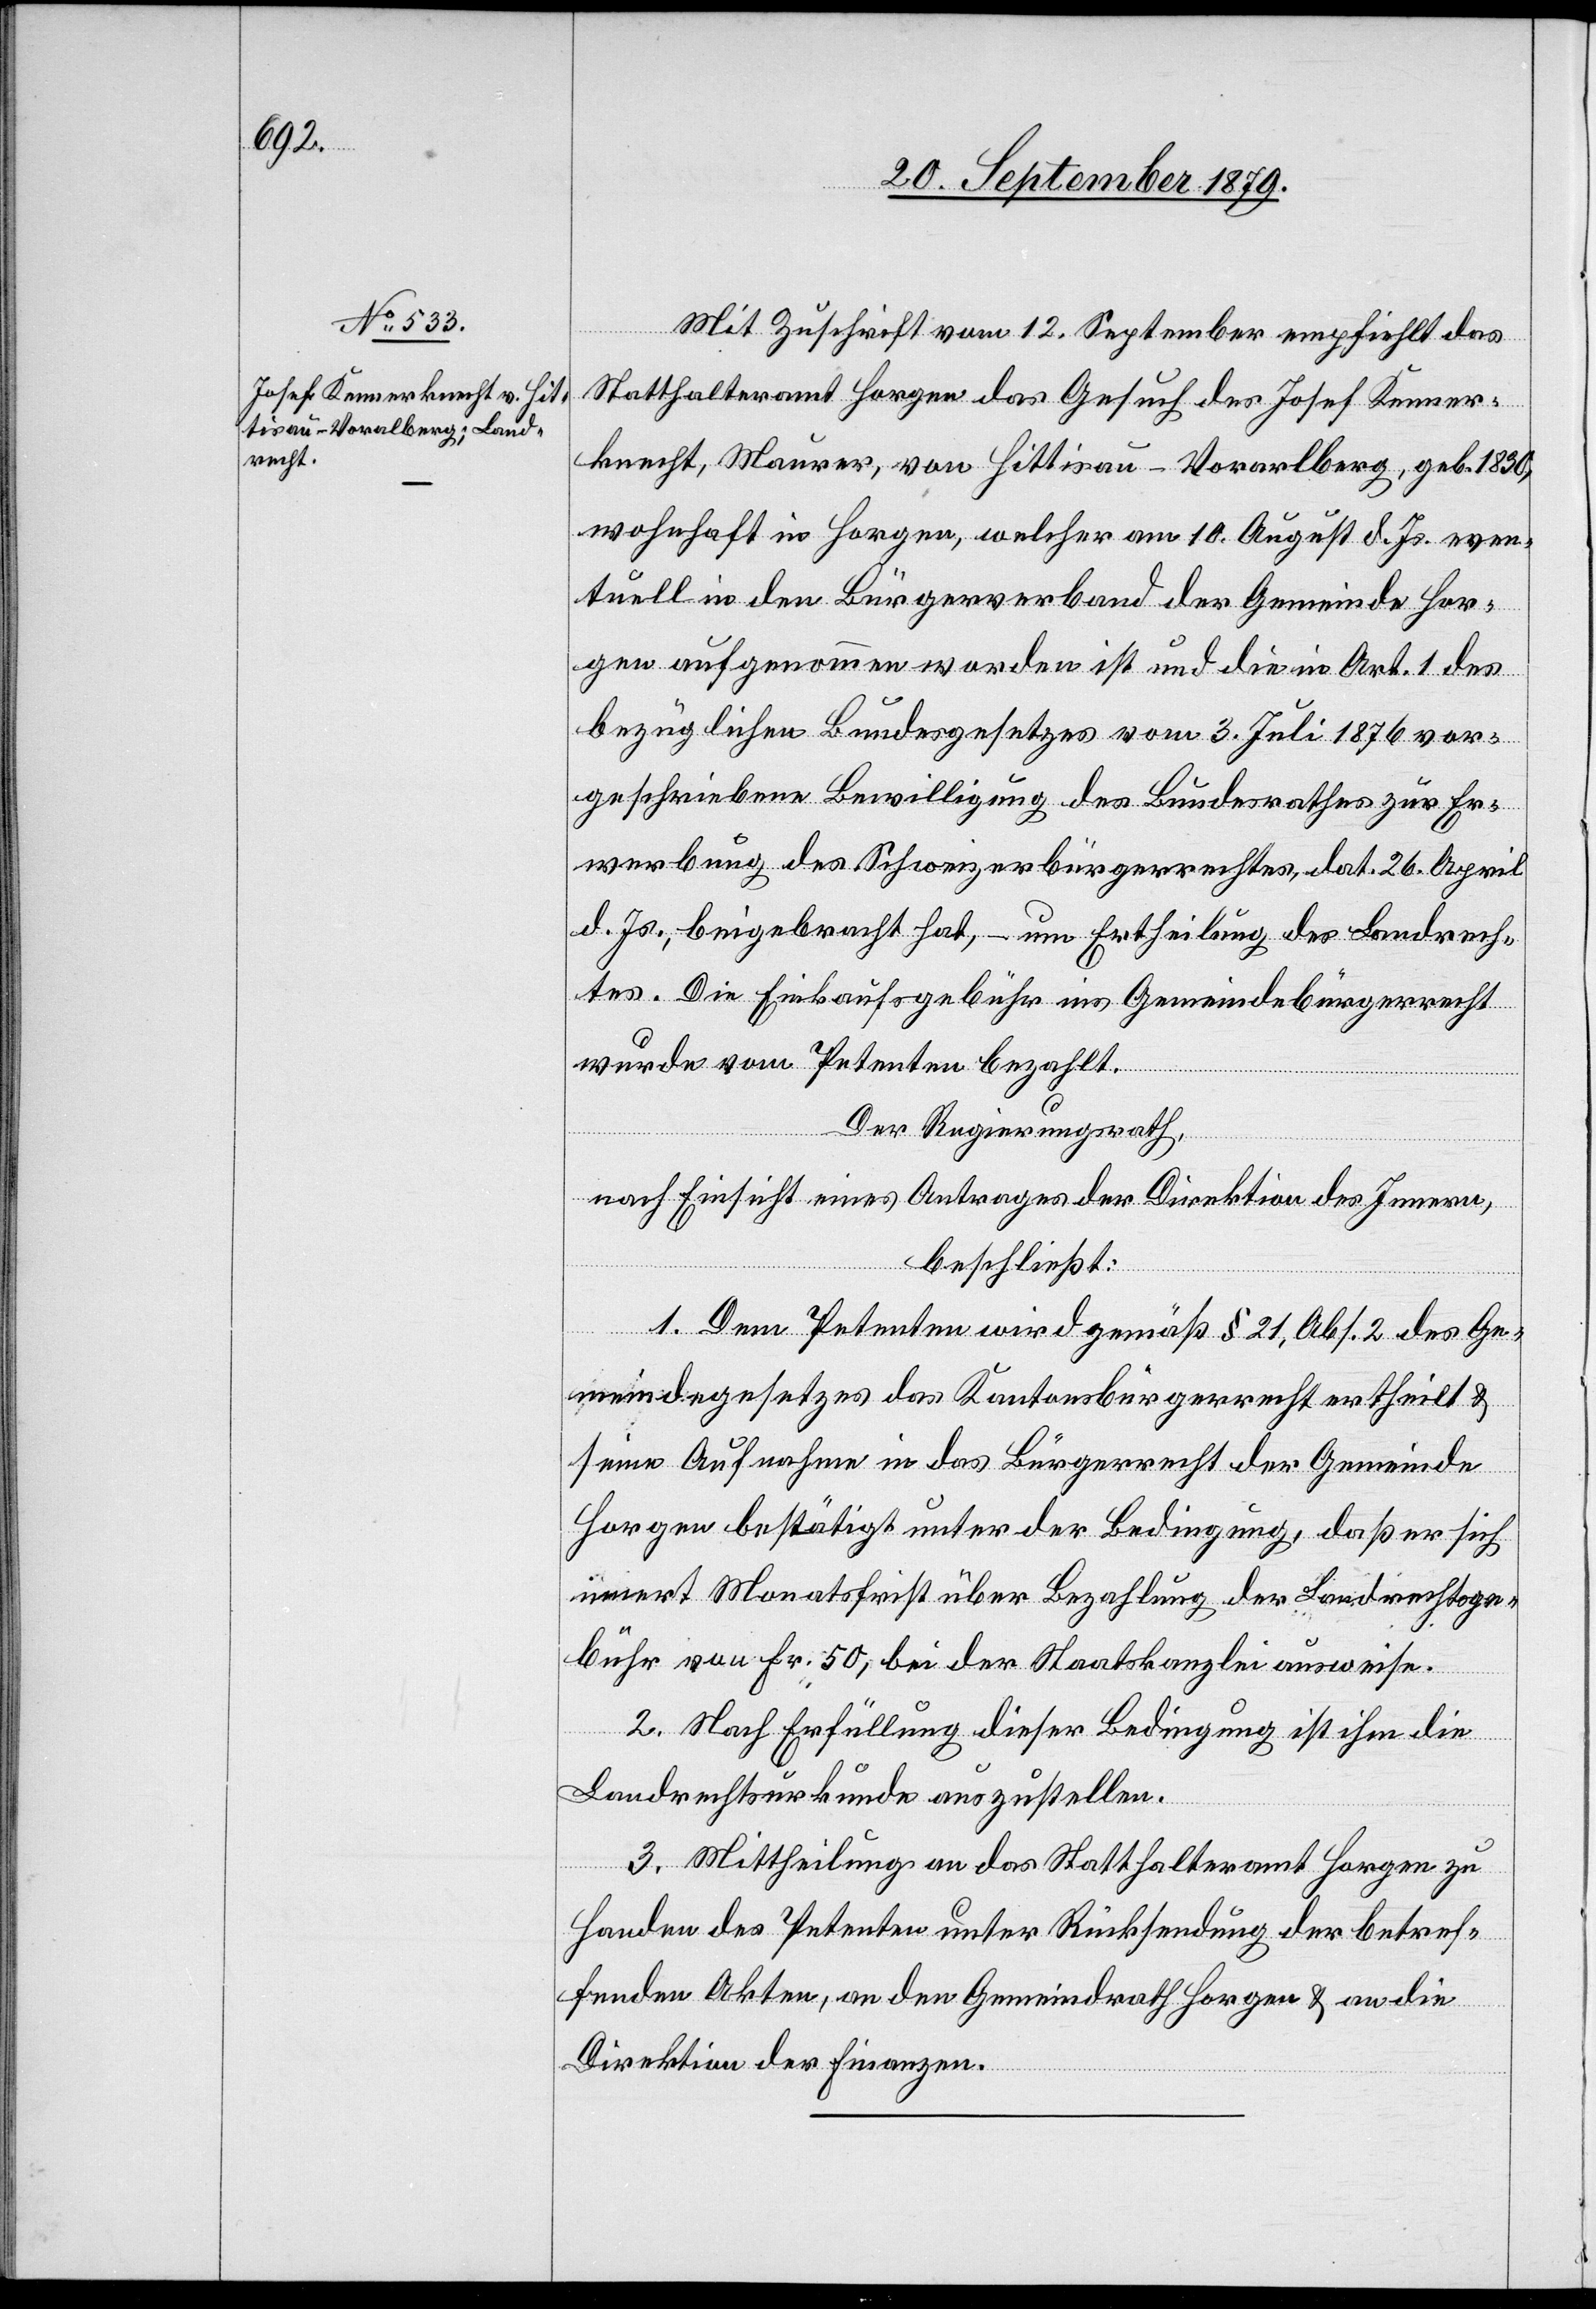
Mit Zuschrift vom 12. September empfiehlt das
Statthalteramt Horgen das Gesuch des Josef Kenner¬
knecht, Maurer, von Hittisau - Vorarlberg, geb. 1830,
wohnhaft in Horgen, welcher am 10. August d. Js. even¬
tuell in den Bürgerverband der Gemeinde Hor¬
gen aufgenommen worden ist und die in Art. 1 des
bezüglichen Bundesgesetzes vom 3. Juli 1876 vor¬
geschriebene Bewilligung des Bundesrathes zur Er¬
werbung des Schweizerbürgerrechtes, dat. 26. April
d. Js., beigebracht hat, – um Ertheilung des Landrech¬
tes. Die Einkaufsgebühr ins Gemeindebürgerrecht
wurde vom Petenten bezahlt.
Der Regierungsrath,
nach Einsicht eines Antrages der Direktion des Innern,
beschließt:
1. Dem Petenten wird gemäß § 21, Abs. 2 des Ge¬
meindegesetzes das Kantonsbürgerrecht ertheilt &
seine Aufnahme in das Bürgerrecht der Gemeinde
Horgen bestätigt unter der Bedingung, daß er sich
innert Monatsfrist über Bezahlung der Landrechtsge¬
bühr von Fr. 50 bei der Staatskanzlei ausweise.
2. Nach Erfüllung dieser Bedingung ist ihm die
Landrechtsurkunde auszustellen.
3. Mittheilung an das Statthalteramt Horgen zu
Handen des Petenten unter Rücksendung der betref¬
fenden Akten, an den Gemeindrath Horgen & an die
Direktion der Finanzen.